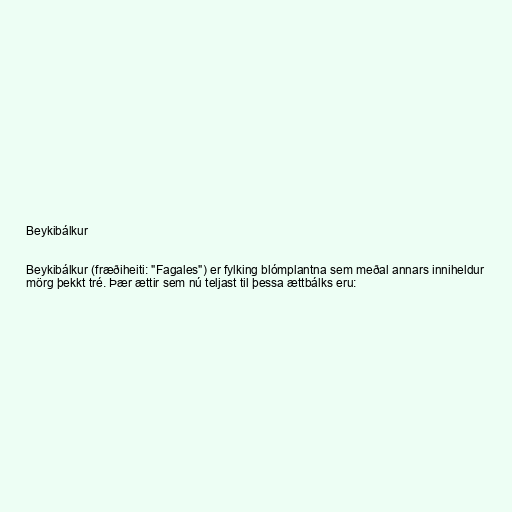
Beykibálkur

Beykibálkur (fræðiheiti: "Fagales") er fylking blómplantna sem meðal annars inniheldur
mörg þekkt tré. Þær ættir sem nú teljast til þessa ættbálks eru: